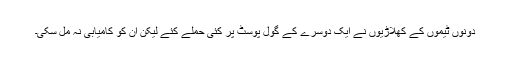
دونوں ٹیموں کے کھلاڑیوں نے ایک دوسرے کے گول پوسٹ پر کئی حملے کئے لیکن ان کو کامیابی نہ مل سکی۔